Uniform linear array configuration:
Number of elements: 12
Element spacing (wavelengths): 0.25
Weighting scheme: cosine
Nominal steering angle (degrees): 45
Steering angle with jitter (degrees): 46.769
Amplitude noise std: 0.05
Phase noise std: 0.05

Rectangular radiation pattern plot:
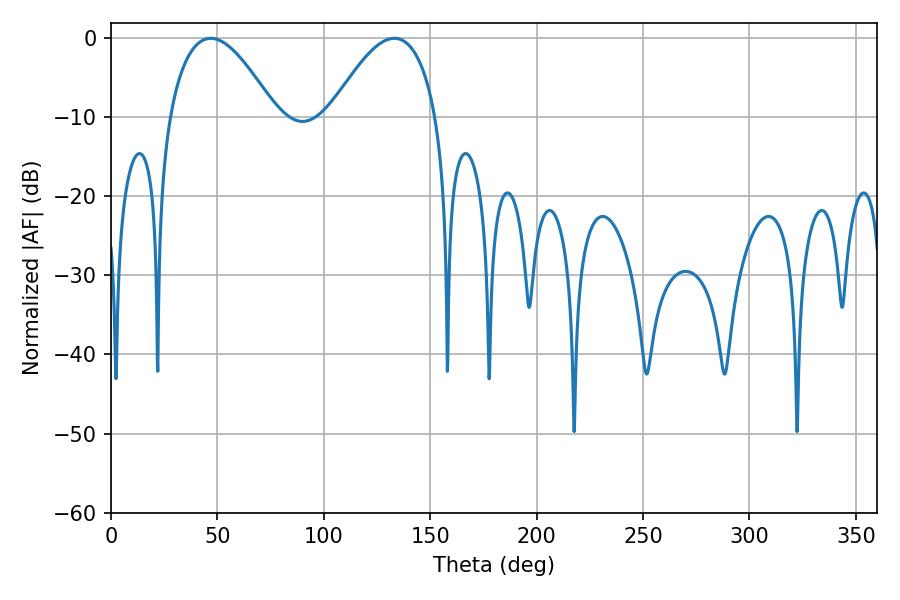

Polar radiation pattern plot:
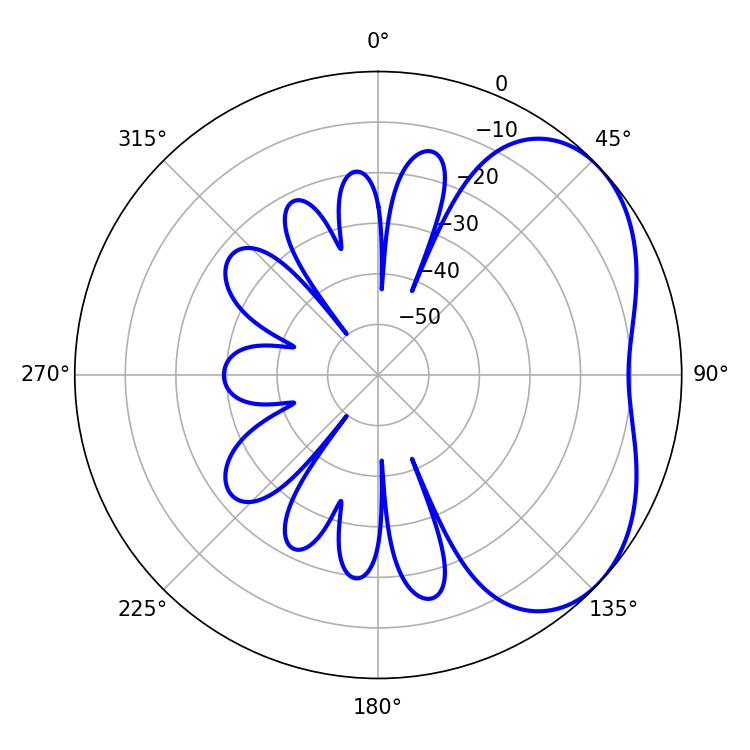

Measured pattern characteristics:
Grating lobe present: FALSE
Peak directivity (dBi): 3.978
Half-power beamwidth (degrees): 27.36
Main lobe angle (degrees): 46.8